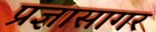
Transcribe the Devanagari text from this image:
प्रज्ञासागर